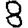
Digit: 8